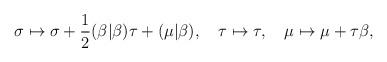
LaTeX: \begin{align*}\sigma\mapsto \sigma+\frac12 (\beta|\beta)\tau+(\mu|\beta),\quad \tau \mapsto \tau,\quad\mu\mapsto \mu+\tau\beta,\end{align*}